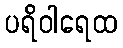
ပရိဝါရေထ